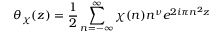
\theta _ { \chi } ( z ) = { \frac { 1 } { 2 } } \sum _ { n = - \infty } ^ { \infty } \chi ( n ) n ^ { \nu } e ^ { 2 i \pi n ^ { 2 } z }